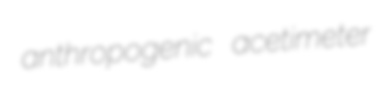
anthropogenic acetimeter